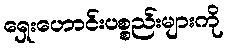
ရှေးဟောင်းပစ္စည်းများကို